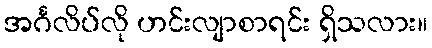
အင်္ဂလိပ်လို ဟင်းလျာစာရင်း ရှိသလား။